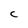
Character: C